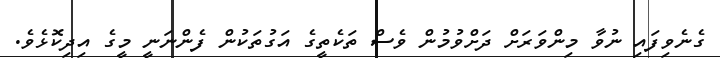
ގެނެވިފައި ނުވާ މިންވަރަށް ދަށްވުމުން ވެސް ތަކެތީގެ އަގުތަކުން ފެންނަނީ މީގެ އިދިކޮޅެވެ.